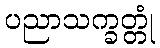
ပညာသက္ခတ္တုံ